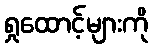
ရှုထောင့်များကို